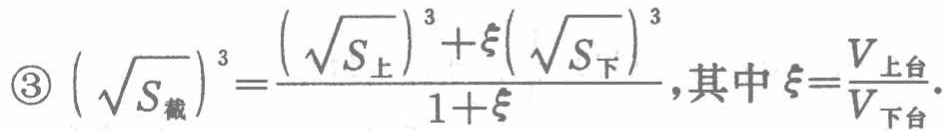
\textcircled{3}\((\sqrt{S_{截}})^3=\frac{(\sqrt{S_{上}})^3 + \xi(\sqrt{S_{下}})^3}{1 + \xi}\)，其中\(\xi = \frac{V_{上台}}{V_{下台}}\)。